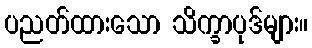
ပညတ်ထားသော သိက္ခာပုဒ်များ။